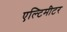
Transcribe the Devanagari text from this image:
एल्टिमीटर